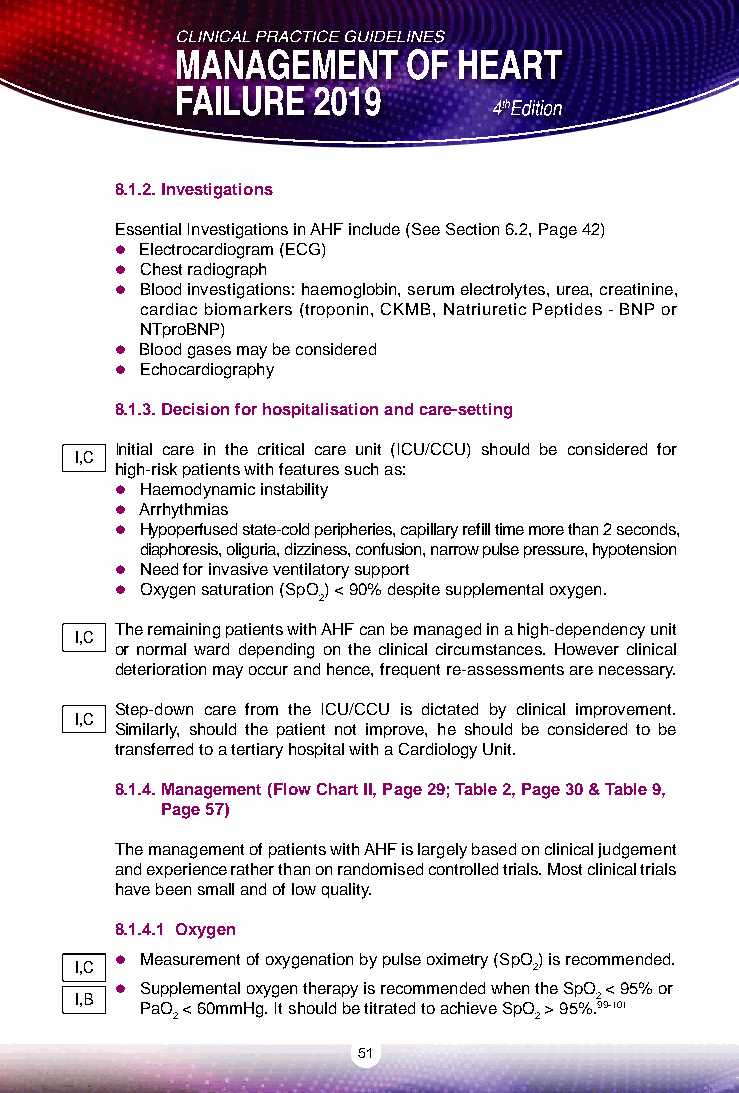
8.1.2. Investigations
 Essential Investigations in AHF include (See Section 6.2, Page 42)
  Electrocardiogram (ECG)
  Chest radiograph
  Blood investigations: haemoglobin, serum electrolytes, urea, creatinine,
 cardiac biomarkers (troponin, CKMB, Natriuretic Peptides - BNP or
 NTproBNP)
  Blood gases may be considered
  Echocardiography
 8.1.3. Decision for hospitalisation and care-setting
 Initial care in the critical care unit (ICU/CCU) should be considered for
 I,C
 high-risk patients with features such as:
  Haemodynamic instability
  Arrhythmias
  Hypoperfused state-cold peripheries, capillary refill time more than 2 seconds,
 diaphoresis, oliguria, dizziness, confusion, narrow pulse pressure, hypotension
  Need for invasive ventilatory support
  Oxygen saturation (SpO) < 90% despite supplemental oxygen.
 2
 The remaining patients with AHF can be managed in a high-dependency unit
 I,C
 or normal ward depending on the clinical circumstances. However clinical
 deterioration may occur and hence, frequent re-assessments are necessary.
 Step-down care from the ICU/CCU is dictated by clinical improvement.
 I,C
 Similarly, should the patient not improve, he should be considered to be
 transferred to a tertiary hospital with a Cardiology Unit.
 8.1.4. Management (Flow Chart II, Page 29; Table 2, Page 30 & Table 9,
 Page 57)
 The management of patients with AHF is largely based on clinical judgement
 and experience rather than on randomised controlled trials. Most clinical trials
 have been small and of low quality.
 8.1.4.1 Oxygen
  Measurement of oxygenation by pulse oximetry (SpO) is recommended.
 I,C                           2
  Supplemental oxygen therapy is recommended when the SpO < 95% or
 I,B                               2
 PaO < 60mmHg. It should be titrated to achieve SpO > 95%.99-101
 2                       2
 51